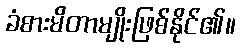
ခံစားမိတာမျိုးဖြစ်နိုင်၏။